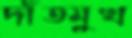
দাঁতমুখ